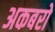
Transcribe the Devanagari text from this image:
अकबरो